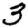
Digit: 3